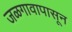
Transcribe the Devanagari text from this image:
जळगावापासून